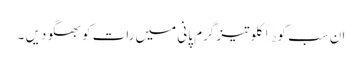
ان سب کو ½ کلو تیز گرم پانی میں رات کو بھگو دیں ۔